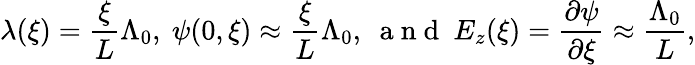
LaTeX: \lambda(\xi)=\frac{\xi}{L}\Lambda_{0},~\psi(0,\xi)\approx\frac{\xi}{L}\Lambda_{0},~\mathrm{~a~n~d~}~E_{z}(\xi)=\frac{\partial\psi}{\partial\xi}\approx\frac{\Lambda_{0}}{L},